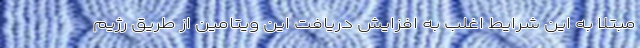
مبتلا به این شرایط اغلب به افزایش دریافت این ویتامین از طریق رژیم